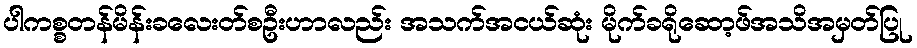
ပါကစ္စတန်မိန်းခလေးတ်စဦးဟာလည်း အသက်အငယ်ဆုံး မိုက်ခရိုဆော့ဖ်အသိအမှတ်ပြု